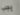
يجب